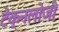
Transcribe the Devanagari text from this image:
टेक्नलोजी